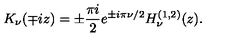
K _ { \nu } ( \mp i z ) = \pm \frac { \pi i } { 2 } e ^ { \pm i \pi \nu / 2 } H _ { \nu } ^ { ( 1 , 2 ) } ( z ) .